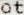
OT